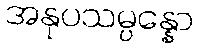
အနုပသမ္ပန္နော